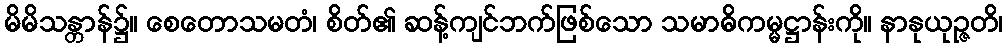
မိမိသန္တာန်၌။ စေတောသမတံ၊ စိတ်၏ ဆန့်ကျင်ဘက်ဖြစ်သော သမာဓိကမ္မဋ္ဌာန်းကို။ နာနုယုဉ္ဇတိ၊